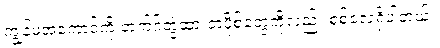
ကျွန်မအကောင့်ကို တက်ဂ်တွဲထားတဲ့ပို့စ်တွေကိုလည်း စစ်လေ့ရှိပါတယ်။